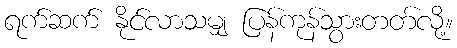
ရက်ဆက် နိုင်လာသမျှ ပြန်ကုန်သွားတတ်လို့။